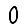
Digit: 0